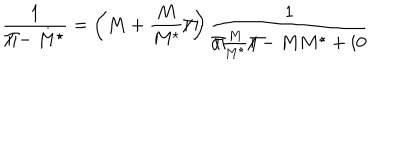
LaTeX: \frac { 1 } { { \Pi / } - M ^ { \star } } = \left( M + \frac { M } { M ^ { \star } } { \Pi / } \right) \frac { 1 } { { \Pi / } \frac { M } { M ^ { \star } } { \Pi / } - M M ^ { \star } + i 0 }